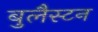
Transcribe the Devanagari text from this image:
बुलैस्टन